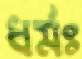
ধর্মঃ